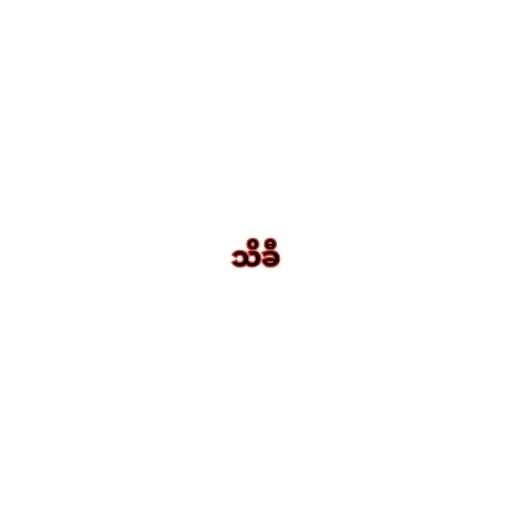
သိခီ